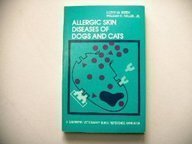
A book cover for Allergic Skin Diseases of Dogs and Cats (A Saunders veterinary quick reference handbook); Lloyd M. Reedy; Medical Books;